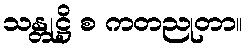
သန္တုဋ္ဌိ စ ကတညုတာ။